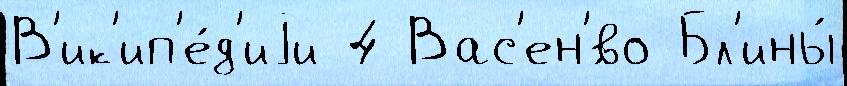
В'ик'ип'е́д'иjи 4 Вас'ен'́во Бл'ины́